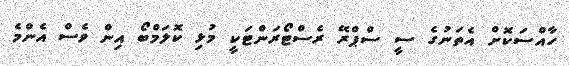
ހާއްސަކޮށް އެތަނުގެ ސީ ސްޕްރޭ ރެސްޓޯރަންޓަކީ މުޅި ކޮލަމްބޯ އިން ވެސް އެންމެ